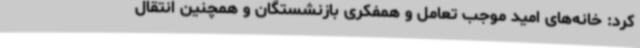
کرد: خانه‌های امید موجب تعامل و همفکری بازنشستگان و همچنین انتقال